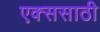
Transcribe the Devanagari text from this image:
एक्ससाठी